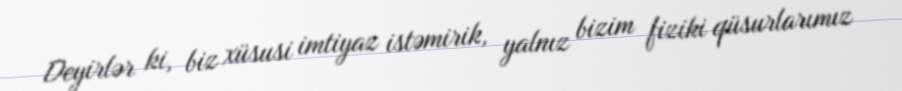
Deyirlər ki, biz xüsusi imtiyaz istəmirik, yalnız bizim fiziki qüsurlarımız